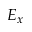
E _ { x }